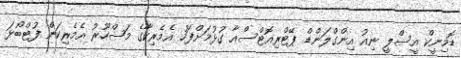
ޑޮމިނީކް އީސްލީ ނިއު އިންގްލަންޑް ޕޭޓްރިއޮޓްސްއާ ގުޅުމަށްފަހު އެމެރިކާގެ މަޝްހޫރު އެމެރިކަން ފުޓްބޯޅަ